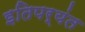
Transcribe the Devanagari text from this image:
इतिपर्यंत